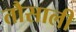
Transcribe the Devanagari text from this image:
तौसाली